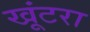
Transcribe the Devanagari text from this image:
खूंटरा